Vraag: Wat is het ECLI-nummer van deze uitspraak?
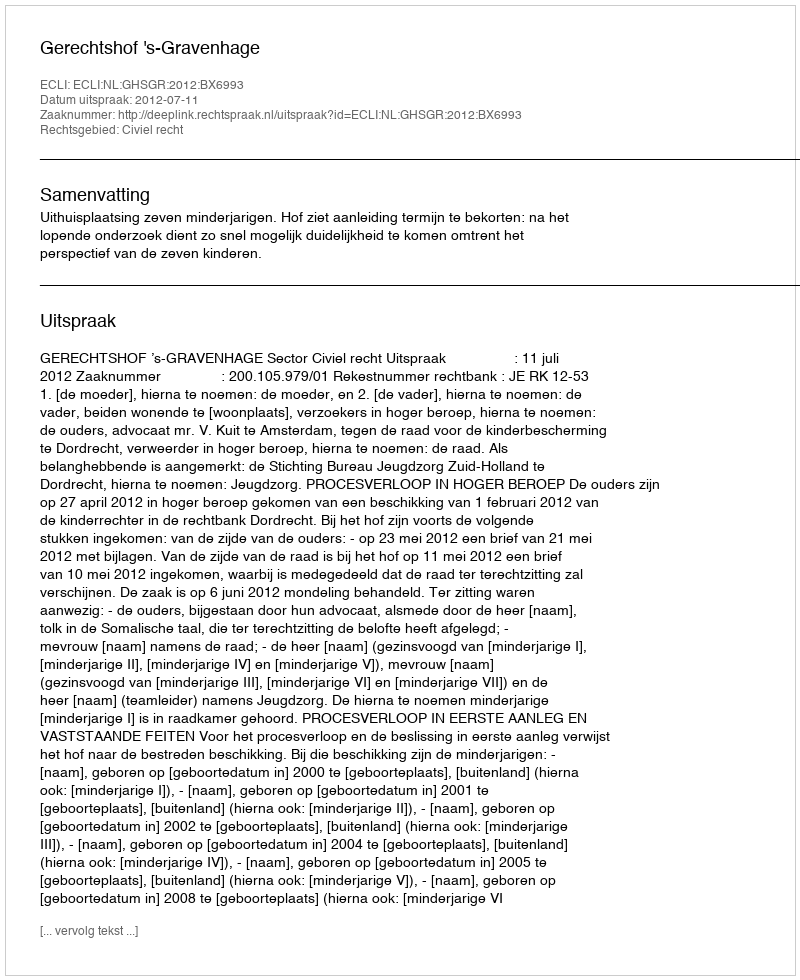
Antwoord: ECLI:NL:GHSGR:2012:BX6993